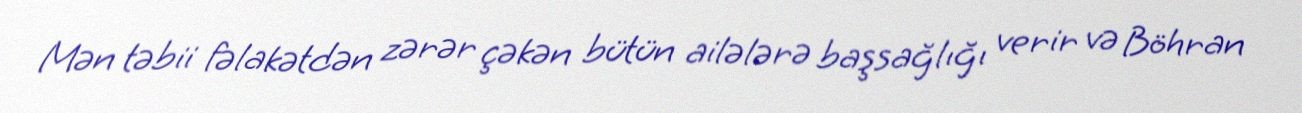
Mən təbii fəlakətdən zərər çəkən bütün ailələrə başsağlığı verir və Böhran